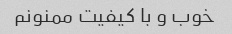
خوب و با کیفیت ممنونم